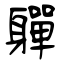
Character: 軃